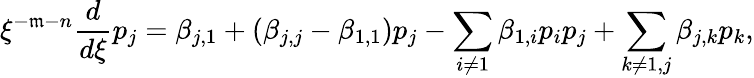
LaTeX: \xi^{-\mathfrak{m}-n}\frac{{d}}{{d\xi}}p_{j}=\beta_{j,1}+(\beta_{j,j}-\beta_{1,1})p_{j}-\sum_{i\ne1}\beta_{1,i}p_{i}p_{j}+\sum_{k\ne1,j}\beta_{j,k}p_{k},